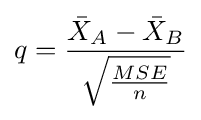
q={\frac {{\bar {X}}_{A}-{\bar {X}}_{B}}{\sqrt {\frac {MSE}{n}}}}